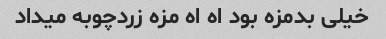
خیلی بدمزه بود اه اه مزه زردچوبه میداد